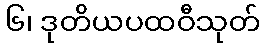
၆၊ ဒုတိယပထဝီသုတ်